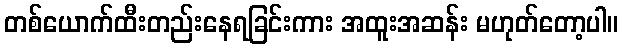
တစ်ယောက်ထီးတည်းနေရခြင်းကား အထူးအဆန်း မဟုတ်တော့ပါ။